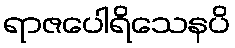
ရာဇပေါရိသေနပိ